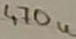
Text: 470µF